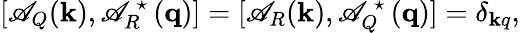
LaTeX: [\mathscr{A}_{Q}({\mathbf{k}}),\mathscr{A}_{R}^{\mathrm{{\normalsize~\star~}}}({\mathbf{q}})]=[\mathscr{A}_{R}({\mathbf{k}}),\mathscr{A}_{Q}^{\mathrm{{\normalsize~\star~}}}({\mathbf{q}})]=\delta_{\mathbf{k}q},